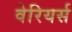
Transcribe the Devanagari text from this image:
वेरियर्स